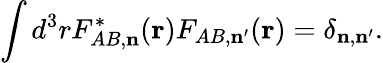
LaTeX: \int d^{3}rF_{AB,{\mathbf n}}^{\ast}({\mathbf r})F_{AB,{\mathbf n}^{\prime}}({\mathbf r})=\delta_{{\mathbf n},{\mathbf n}^{\prime}}.